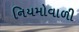
નિયમોવાળી